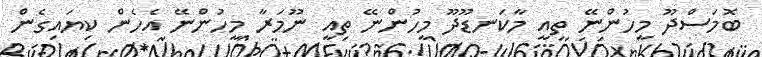
ބޮމަސްދޫ މީހުންނޭ ތިއީ މާކަނޑޫދޫ މީހުންނޭ ތިއީ ނޫމަރާ މީހުންނޭ އެހެން ކިޔައިގެން